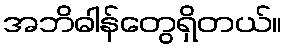
အဘိဓါန်တွေရှိတယ်။